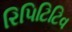
રિપિટિટિવ